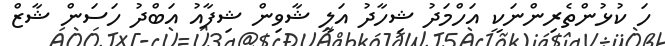
ހަ ކުޅުންތެރިންނަކީ އަހްމަދު ޝިހާދު އަލީ ޝާވިން ޝިފާއު އަބްދު ހަސަން ޝާޒް